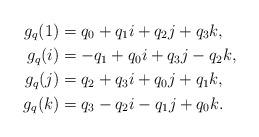
LaTeX: \begin{align*}g_{q}(1) & =q_{0}+q_{1}i+q_{2}j+q_{3}k,\\g_{q}(i) & =-q_{1}+q_{0}i+q_{3}j-q_{2}k,\\g_{q}(j) & =q_{2}+q_{3}i+q_{0}j+q_{1}k,\\g_{q}(k) & =q_{3}-q_{2}i-q_{1}j+q_{0}k.\end{align*}